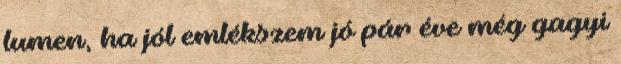
lumen, ha jól emlékszem jó pár éve még gagyi